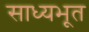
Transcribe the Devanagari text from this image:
साध्यभूत